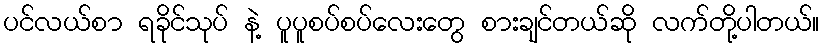
ပင်လယ်စာ ရခိုင်သုပ် နဲ့ ပူပူစပ်စပ်လေးတွေ စားချင်တယ်ဆို လက်တို့ပါတယ်။